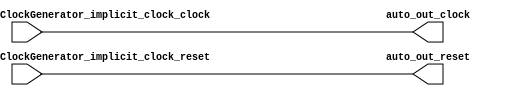
module ClockGroup_6(
  input   auto_in_member_dividerOnlyClockGenerator_implicit_clock_clock,
  input   auto_in_member_dividerOnlyClockGenerator_implicit_clock_reset,
  output  auto_out_clock,
  output  auto_out_reset
);
  assign auto_out_clock = auto_in_member_dividerOnlyClockGenerator_implicit_clock_clock; // @[Nodes.scala 1210:84 LazyModule.scala 309:16]
  assign auto_out_reset = auto_in_member_dividerOnlyClockGenerator_implicit_clock_reset; // @[Nodes.scala 1210:84 LazyModule.scala 309:16]
endmodule